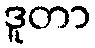
ဒူတာ